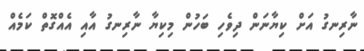
ނާރިނގު އަށް ކިޔާނަން ދިވެހި ބަހުން މިކިޔާ ނާރިނގު އާއި އެއްގޮތް ކަމެއް